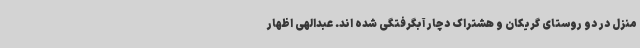
منزل در دو روستای گریکان و هشتراک دچار آبگرفتگی شده اند. عبدالهی اظهار